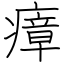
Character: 瘴